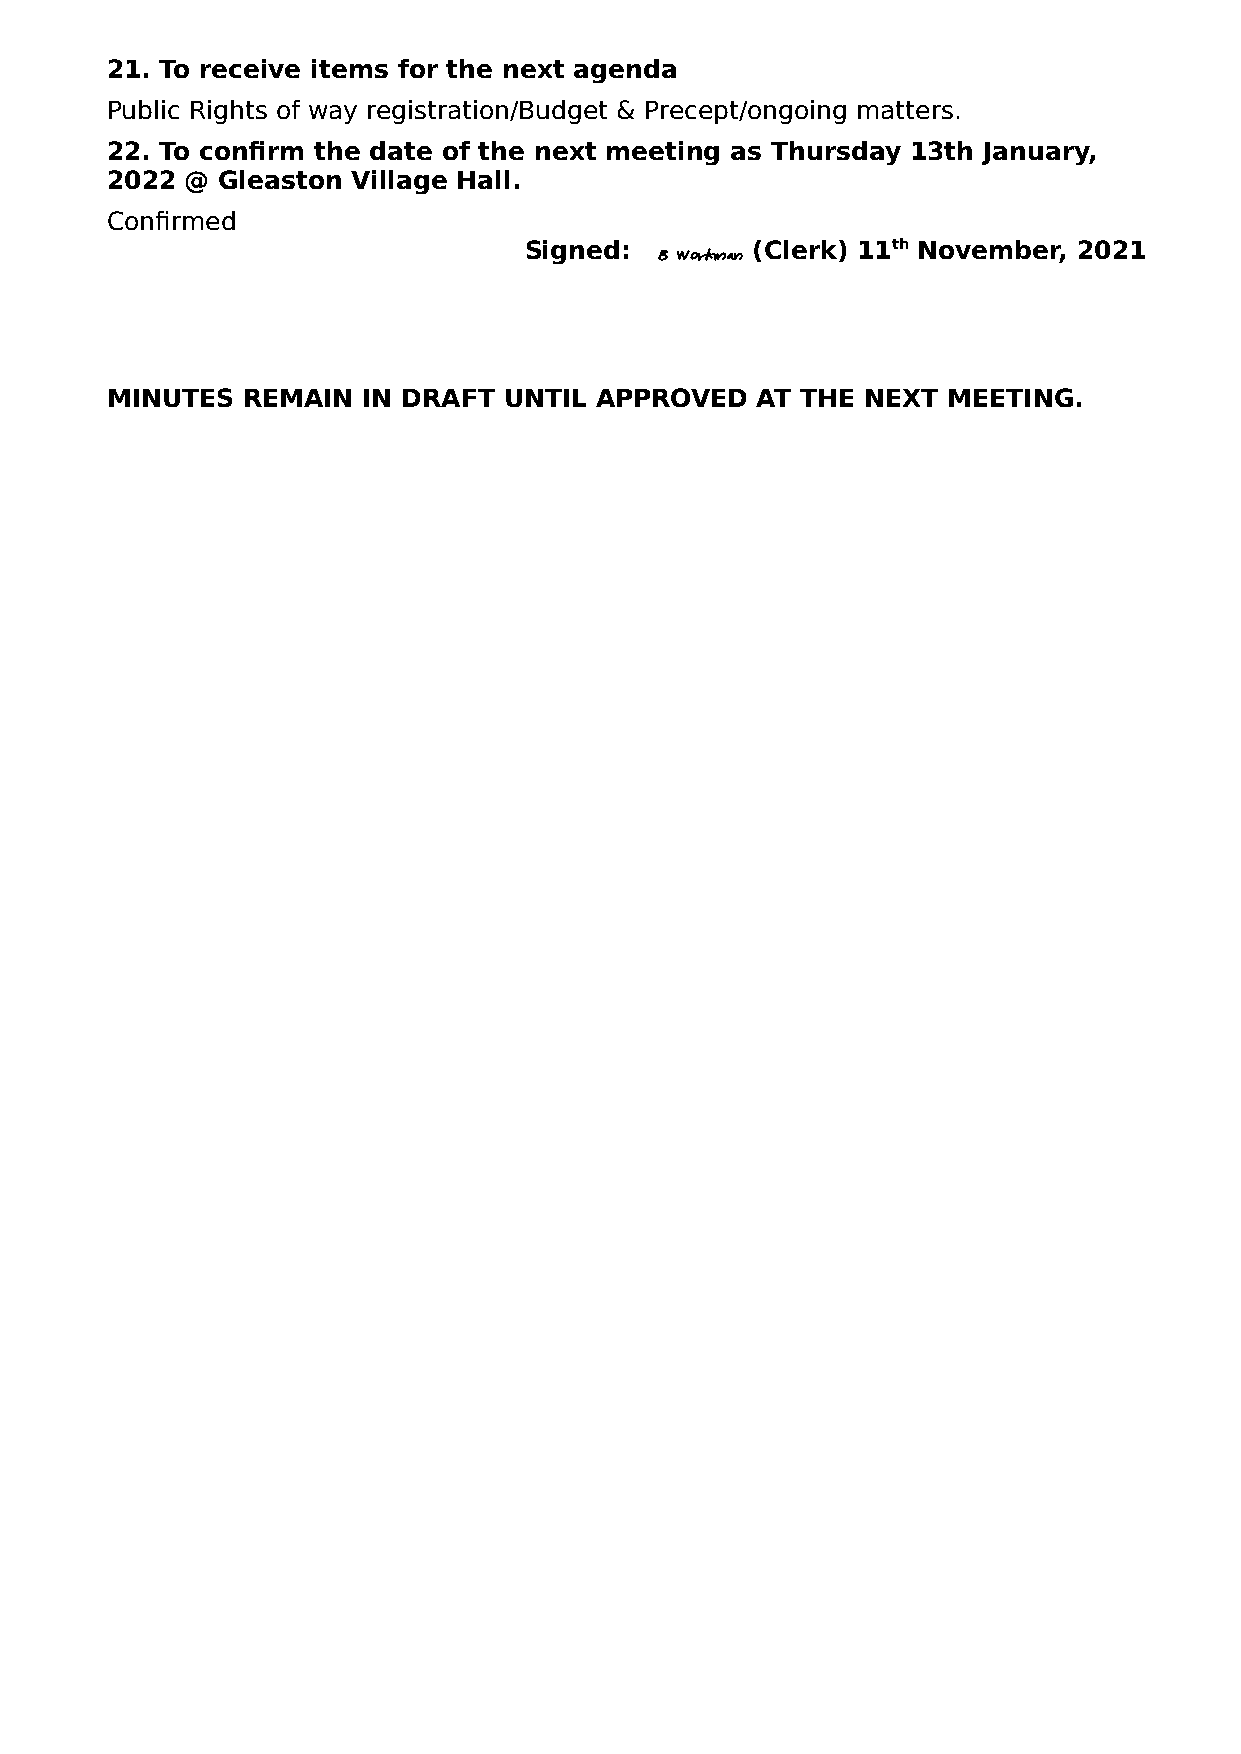
21. To receive items for the next agenda
 Public Rights of way registration/Budget & Precept/ongoing matters.
 22. To confirm the date of the next meeting as Thursday 13th January,
 2022 @ Gleaston Village Hall.
 Confirmed
 Signed:        (Clerk) 11th November, 2021
 B Workman
 MINUTES  REMAIN  IN DRAFT UNTIL APPROVED   AT THE NEXT  MEETING.